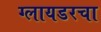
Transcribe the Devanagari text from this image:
ग्लायडरचा